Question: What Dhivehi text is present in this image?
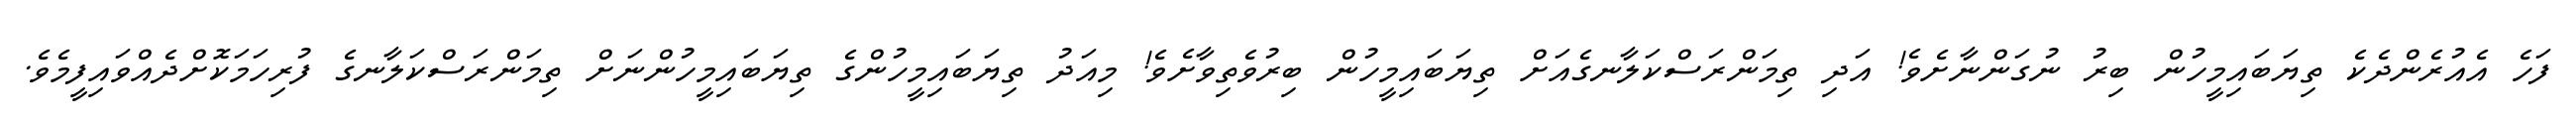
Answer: ފަހެ އެއުރެންދެކެ ތިޔަބައިމީހުން ބިރު ނުގަންނާށެވެ! އަދި ތިމަންރަސްކަލާނގެއަށް ތިޔަބައިމީހުން ބިރުވެތިވާށެވެ! މިއަދު ތިޔަބައިމީހުންގެ ތިޔަބައިމީހުންނަށް ތިމަންރަސްކަލާނގެ ފުރިހަމަކޮށްދެއްވައިފީމެވެ.